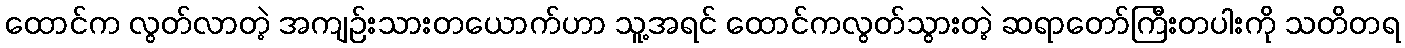
ထောင်က လွတ်လာတဲ့ အကျဉ်းသားတယောက်ဟာ သူ့အရင် ထောင်ကလွတ်သွားတဲ့ ဆရာတော်ကြီးတပါးကို သတိတရ